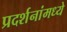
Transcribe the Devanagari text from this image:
प्रदर्शनांमध्ये